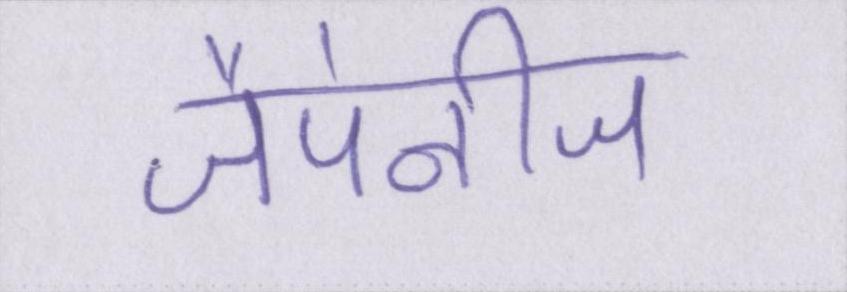
जैपेनीज